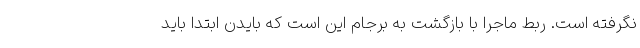
نگرفته است. ربط ماجرا با بازگشت به برجام این است که بایدن ابتدا باید